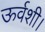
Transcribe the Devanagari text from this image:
ऊर्वशी।